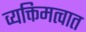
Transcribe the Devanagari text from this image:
व्यक्तिमत्वात